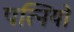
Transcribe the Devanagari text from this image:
पत्‍िनयों